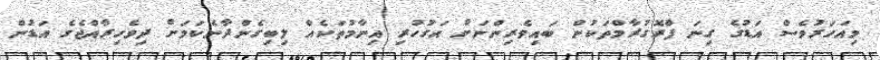
މިއަހަރުވެސް އަޑުގެ ގިނަ ފްރޮގުރާމްތަކުން ބައިވެރިންނަށް އަގުހުރި އިނާމުތަކެއް ލިބިގެންދާނެކަމަށް ދިވެހިރާއްޖެގެ އަޑުން